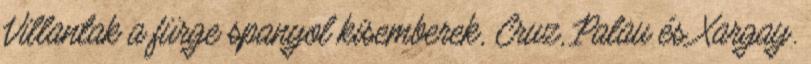
Villantak a fürge spanyol kisemberek, Cruz, Palau és Xargay.